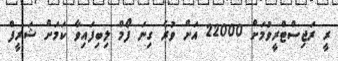
ރީ ރަޖިސްޓްރީވުމަށް 22000 އަށް ވުރެ ގިނަ ފޯމް ލިބިފައިވާ ކަމަށް ޝަރީފް